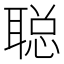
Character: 聪